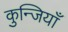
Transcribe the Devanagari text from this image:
कुन्जियाँ